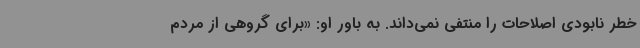
خطر نابودی اصلاحات را منتفی نمی‌داند. به باور او: «برای گروهی از مردم